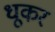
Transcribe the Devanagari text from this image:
धूकर